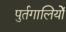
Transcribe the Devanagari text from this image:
पुर्तगालियोें